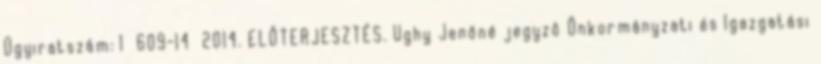
Ügyiratszám: 1 609-14 2014. ELŐTERJESZTÉS. Ughy Jenőné jegyző Önkormányzati és Igazgatási